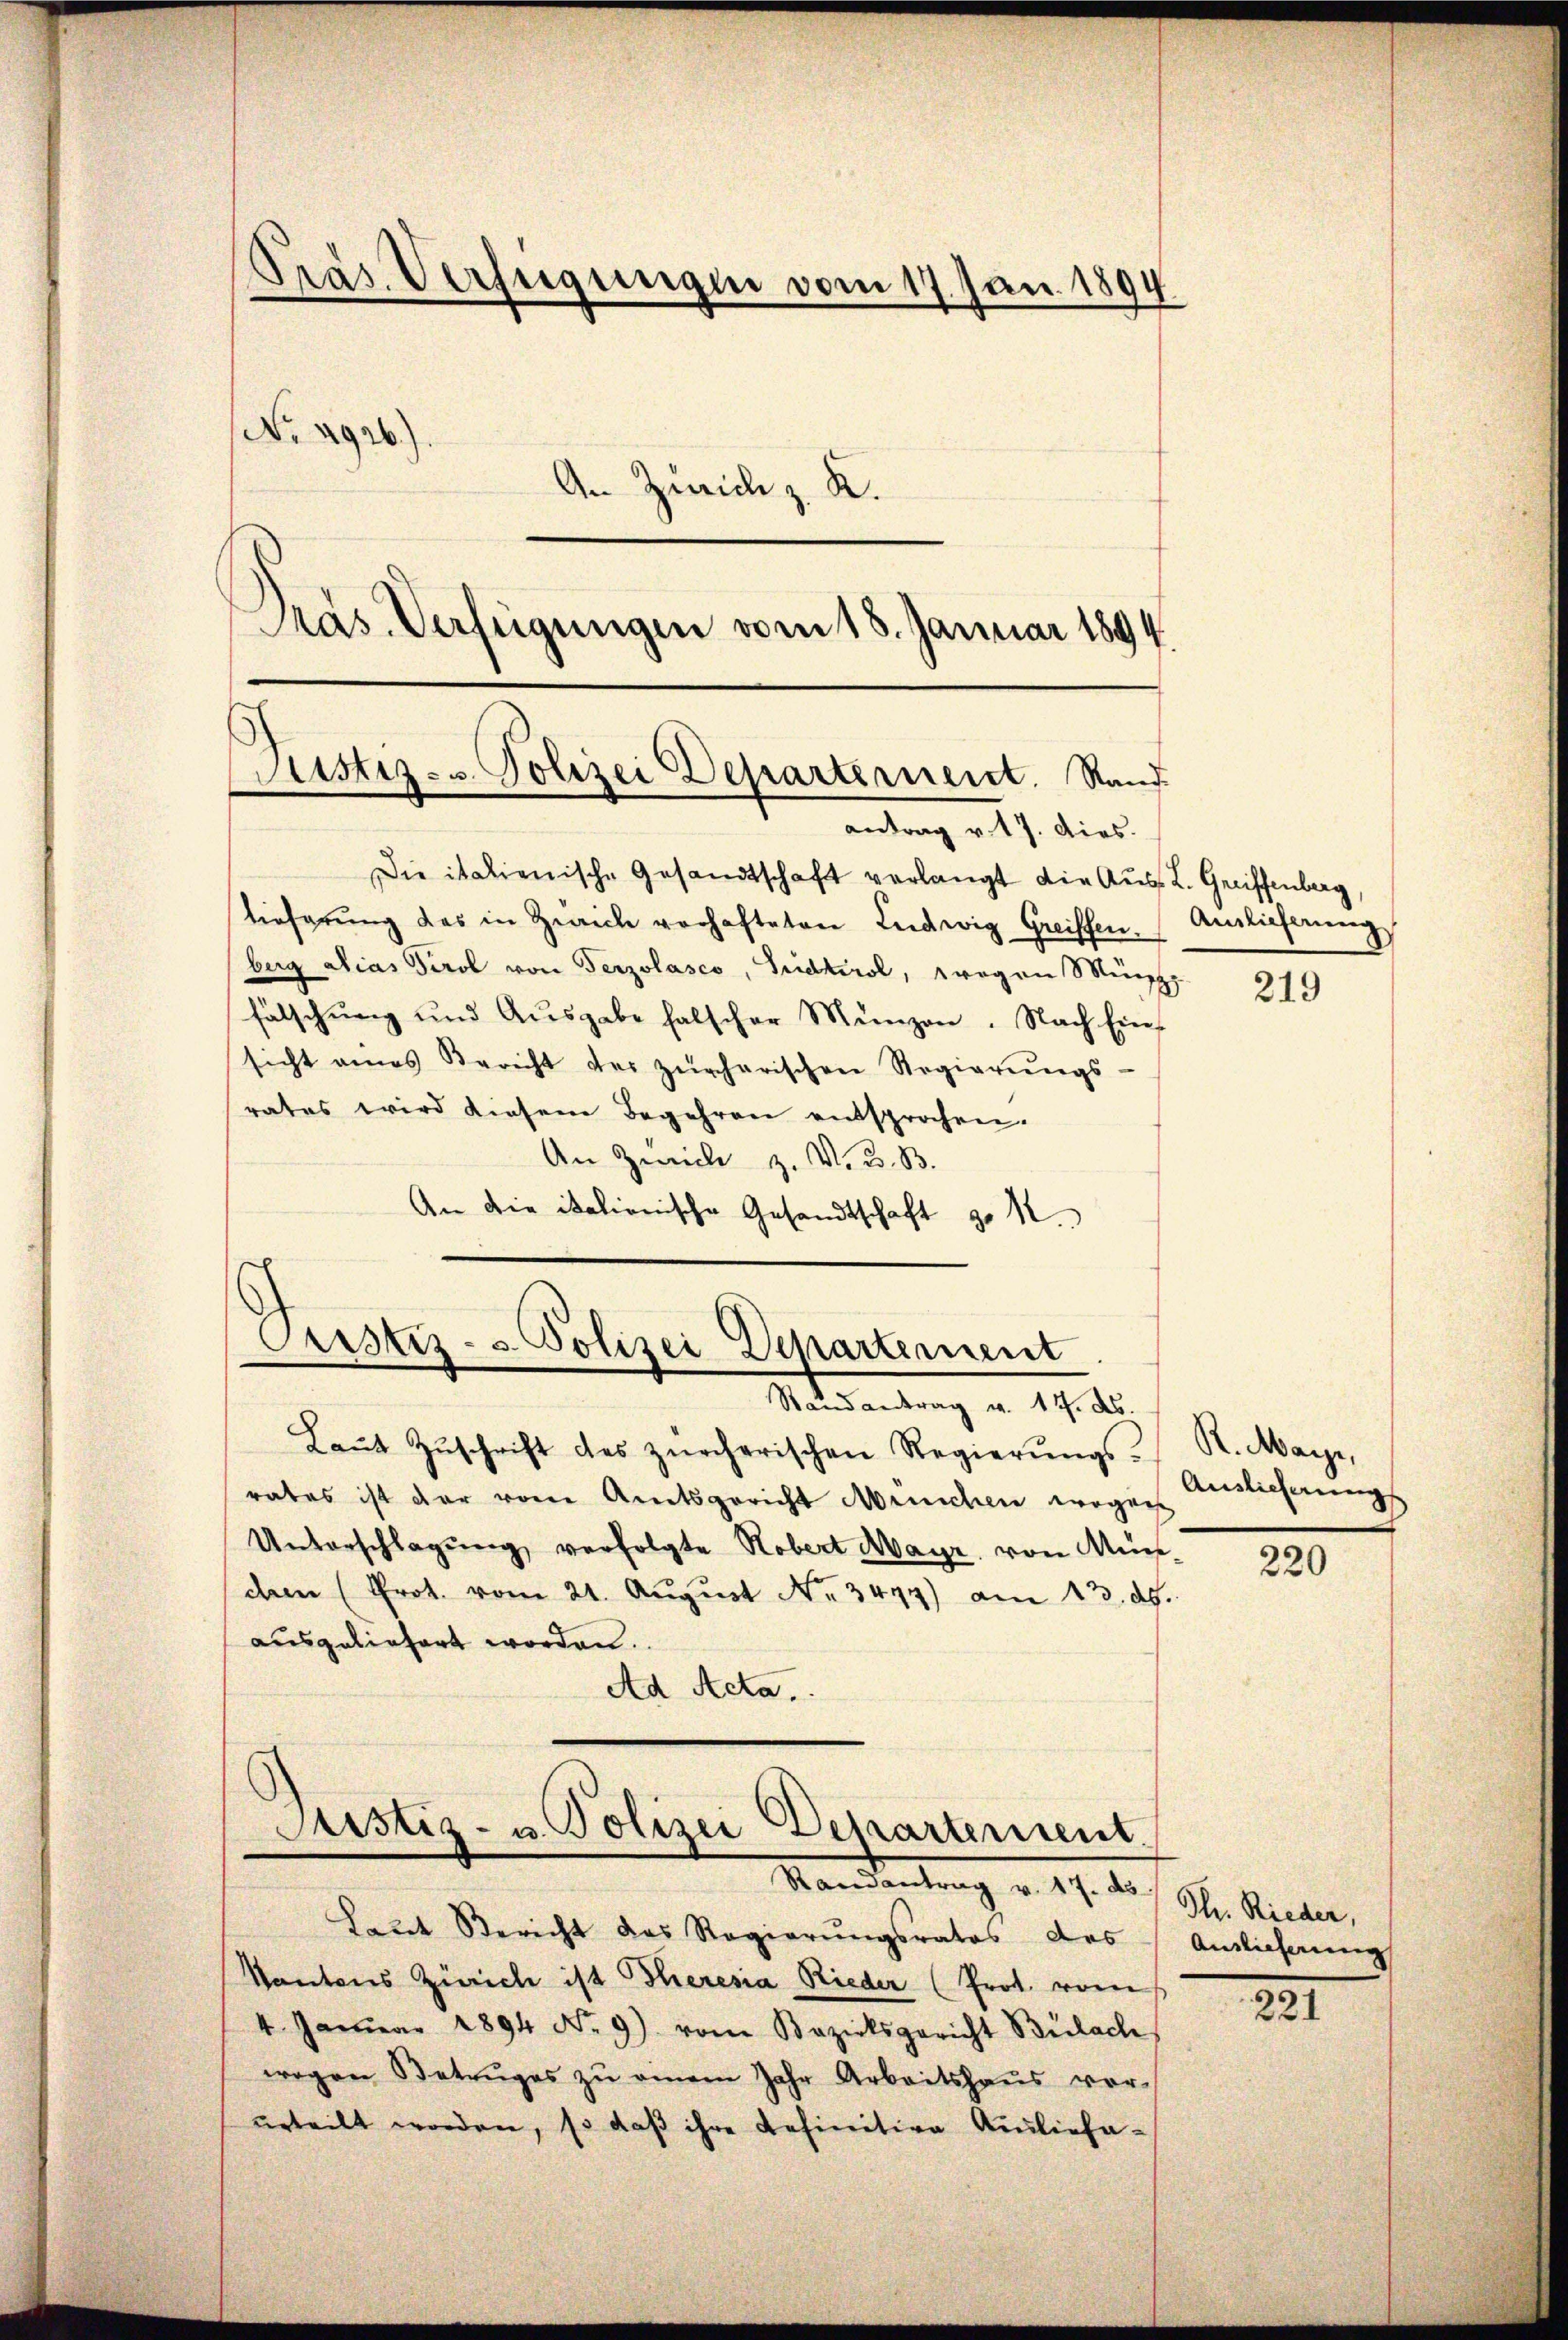
Pras Verfügungen vom 17. Jan. 1894
No 2926)
An Zürich z. K.

Pras. Verfügungen vom 18. Januar 1894.

Die italienische Gesandtschaft verlangt die Aus- L. Greiffenberg
tieferŭng des in Zeich verhafteten Ludwig Greiffen. Anlieferung
berg alias Tirol von Terzolasco, Guidtirol, wegen Müh
fälschŭng und Aŭsgabe halscher Münzen. Nach Einsicht eines Bericht der zürcherischen Regierŭngs-
rates wird diesem Begehren entsprochen.
An Zürich z. V. B. B.
An die italionische Gesandtschaft d. M.

Justiz- u. Polizei Departernent. Rand
antrag v. 17. dies.

Pustiz- & Polizei Departement
Randantrag v. 14. ds.

Laŭt Zŭschrift des zürcherischen Regierŭngs- R. Mayr,
rates ist der vom Amtsgericht reichen wegen Auslieferung
Unterschlagung verfolgte Robert Mayr von Mün-
dem (Prot. vom 21. August No. 3477) am 13. ds.
ausgeliefert worden.
Ad Acta,

Justiz- u. Polizei Departensent.
Mandantrag v. 17. d. d. Rieder,

Laut Bericht das Regierungsrates des
Kantons Zürich ist Theresia Rieder (Prot. vom
4. Januar 1894 No. 9) vom Bezirksgericht Bülach,
wegen Betruges zŭ einem Jahr Arbeitshaŭs vor-
urteilt worden, so daβ ihre definitive Ausliefa-

219

220

Auslieferung

221